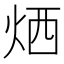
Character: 𤈇